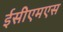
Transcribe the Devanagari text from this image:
ईसीएमएस